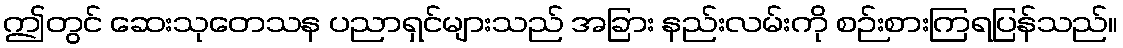
ဤတွင် ဆေးသုတေသန ပညာရှင်များသည် အခြား နည်းလမ်းကို စဉ်းစားကြရပြန်သည်။